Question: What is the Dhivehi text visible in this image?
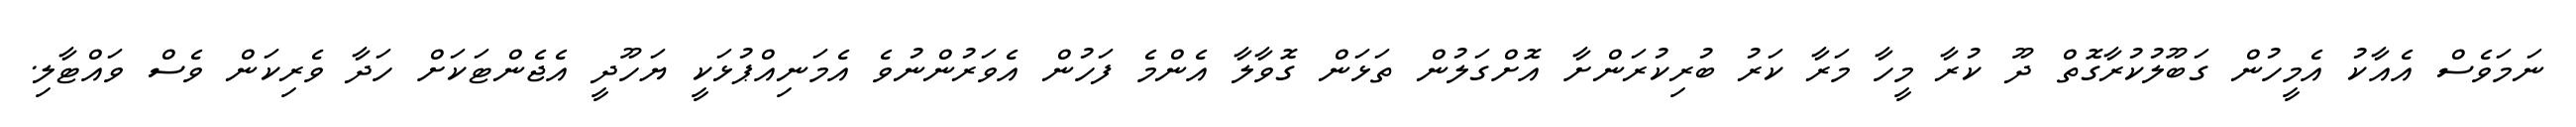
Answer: ނަމަވެސް އެއާކު އެމީހުން ގަބޫލުކުރާގޮތް ދޫ ކުރާ މީހާ މަރާ ކަރު ބުރިކުރަންށާ އޮށްގަލުން ތަޅަން ގޮވާލާ އެންމެ ފަހުން އެވަރުންނުވެ އެމަނިއްޕުޅަކީ ޔަހޫދީ އެޖެންޓަކަށް ހަދާ ވެރިކަން ވެސް ވައްޓާލި.